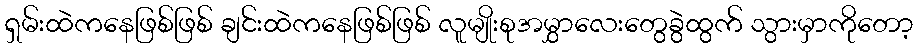
ရှမ်းထဲကနေဖြစ်ဖြစ် ချင်းထဲကနေဖြစ်ဖြစ် လူမျိုးစုအမွှာလေးတွေခွဲထွက် သွားမှာကိုတော့